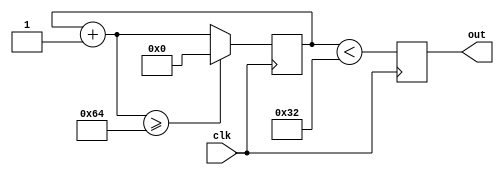
module FrequencyDelayer_1hz(
    input  wire clk,
    output reg out
);
    reg [6:0] state = 0;

    always @(posedge clk) begin
        out = (state < 50);
        state = state + 1;
        if (state >= 100)
            state = 0;
    end

endmodule